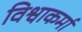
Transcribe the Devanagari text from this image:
विश्वाकर्मा